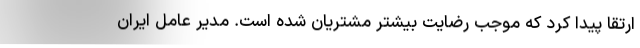
ارتقا پیدا کرد که موجب رضایت بیشتر مشتریان شده است. مدیر عامل ایران